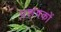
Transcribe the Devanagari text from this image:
प्रशंषकों